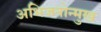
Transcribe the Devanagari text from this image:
अभिजनोन्मुख